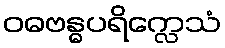
ဝဓဗန္ဓပရိက္လေသံ